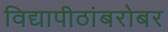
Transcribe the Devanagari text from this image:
विद्यापीठांबरोबर